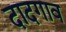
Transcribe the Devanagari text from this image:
दादगाव